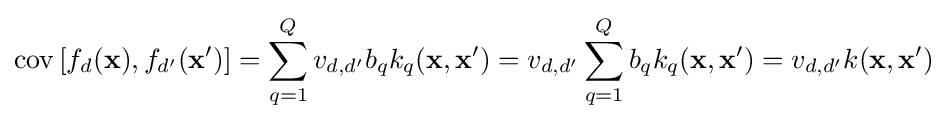
\operatorname {cov} \left[f_{d}(\mathbf {x} ),f_{d'}(\mathbf {x} ')\right]=\sum _{q=1}^{Q}{v_{d,d'}b_{q}k_{q}(\mathbf {x} ,\mathbf {x} ')}=v_{d,d'}\sum _{q=1}^{Q}{b_{q}k_{q}(\mathbf {x} ,\mathbf {x} ')}=v_{d,d'}k(\mathbf {x} ,\mathbf {x} ')